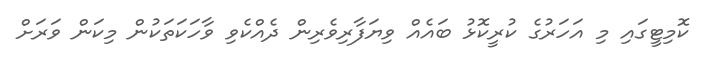
ކޮމިޓީގައި މި އަހަރުގެ ކުރީކޮޅު ބައެއް ވިޔަފާރިވެރިން ދެއްކެވި ވާހަކަތަކުން މިކަން ވަރަށް